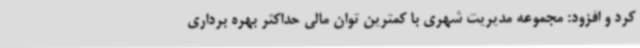
کرد و افزود: مجموعه مدیریت شهری با کمترین توان مالی حداکثر بهره برداری